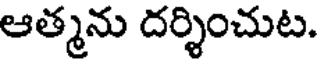
ఆత్మను దర్శించుట.